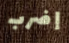
إضرب